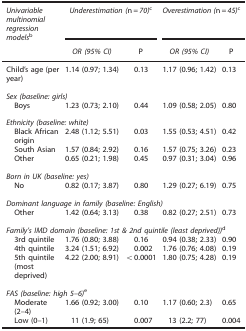
<table><thead><tr><td><b><i>Univariable multinomial regression models</i>b</b></td><td colspan="2"><b><i>Underestimation (</i>n<i>=70)</i>c</b></td><td colspan="2"><b><i>Overestimation (</i>n<i>=45)</i>c</b></td></tr><tr><td></td><td><b><i>OR (95% CI)</i></b></td><td><b>P</b></td><td><b><i>OR (95% CI)</i></b></td><td><b>P</b></td></tr></thead><tbody><tr><td>Child’s age (per year)</td><td>1.14 (0.97; 1.34)</td><td>0.13</td><td>1.17 (0.96; 1.42)</td><td>0.13</td></tr><tr><td colspan="5"><i>Sex (baseline: girls)</i></td></tr><tr><td> Boys</td><td>1.23 (0.73; 2.10)</td><td>0.44</td><td>1.09 (0.58; 2.05)</td><td>0.80</td></tr><tr><td colspan="5"><i>Ethnicity (baseline: white)</i></td></tr><tr><td> Black African origin</td><td>2.48 (1.12; 5.51)</td><td>0.03</td><td>1.55 (0.53; 4.51)</td><td>0.42</td></tr><tr><td> South Asian</td><td>1.57 (0.84; 2.92)</td><td>0.16</td><td>1.57 (0.75; 3.26)</td><td>0.23</td></tr><tr><td> Other</td><td>0.65 (0.21; 1.98)</td><td>0.45</td><td>0.97 (0.31; 3.04)</td><td>0.96</td></tr><tr><td colspan="5"><i>Born in UK (baseline: yes)</i></td></tr><tr><td> No</td><td>0.82 (0.17; 3.87)</td><td>0.80</td><td>1.29 (0.27; 6.19)</td><td>0.75</td></tr><tr><td colspan="5"><i>Dominant language in family (baseline: English)</i></td></tr><tr><td> Other</td><td>1.42 (0.64; 3.13)</td><td>0.38</td><td>0.82 (0.27; 2.51)</td><td>0.73</td></tr><tr><td colspan="5"><i>Family’s IMD domain (baseline: 1st &amp; 2nd quintile (least deprived))</i>d</td></tr><tr><td> 3rd quintile</td><td>1.76 (0.80; 3.88)</td><td>0.16</td><td>0.94 (0.38; 2.33)</td><td>0.90</td></tr><tr><td> 4th quintile</td><td>3.24 (1.51; 6.92)</td><td>0.002</td><td>1.76 (0.76; 4.08)</td><td>0.19</td></tr><tr><td> 5th quintile (most deprived)</td><td>4.22 (2.00; 8.91)</td><td>&lt;0.0001</td><td>1.80 (0.75; 4.28)</td><td>0.19</td></tr><tr><td colspan="5"><i>FAS (baseline: high 5–6)</i>e</td></tr><tr><td> Moderate (2–4)</td><td>1.66 (0.92; 3.00)</td><td>0.10</td><td>1.17 (0.60; 2.3)</td><td>0.65</td></tr><tr><td> Low (0–1)</td><td>11 (1.9; 65)</td><td>0.007</td><td>13 (2.2; 77)</td><td>0.004</td></tr></tbody></table>